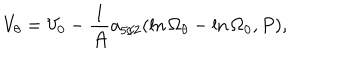
V _ { \theta } = V _ { 0 } - { \frac { 1 } { \cal A } } a _ { 5 / 2 } ( \ln \Omega _ { \theta } - \ln \Omega _ { 0 } , P ) ,